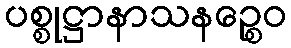
ပစ္စုဋ္ဌာနာသနဉ္စေဝ